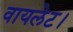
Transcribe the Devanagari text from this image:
वायलेट।